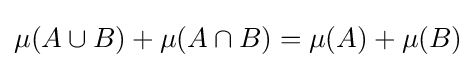
\mu (A\cup B)+\mu (A\cap B)=\mu (A)+\mu (B)